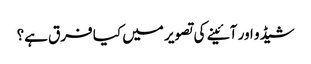
شیڈو اور آئینے کی تصویر میں کیا فرق ہے؟